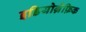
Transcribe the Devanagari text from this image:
इडियोग्रैफ़िक